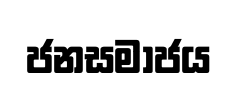
ජනසමාජය